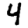
Digit: 4